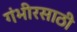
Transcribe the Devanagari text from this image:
गंभीरसाठी